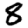
Digit: 8